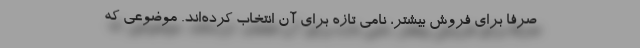
صرفا برای فروش بیشتر، نامی تازه برای آن انتخاب کرده‌اند. موضوعی که